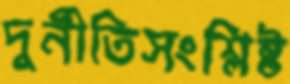
দুর্নীতিসংশ্লিষ্ট